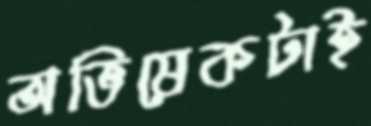
অভিষেকটাই